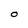
Character: O